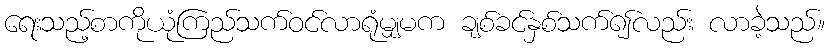
ရေးသည့်စာကိုယုံကြည်သက်ဝင်လာရုံမျှမက ချစ်ခင်နှစ်သက်၍လည်း လာခဲ့သည်။